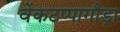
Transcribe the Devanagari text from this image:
वेंकटप्पागौड़ा